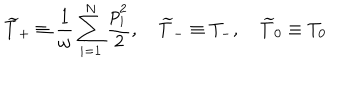
LaTeX: \widetilde { T } _ { + } \equiv \frac { 1 } { \omega } \sum _ { i = 1 } ^ { N } \frac { p _ { i } ^ { 2 } } { 2 } , \quad \widetilde { T } _ { - } \equiv T _ { - } , \quad \widetilde { T } _ { 0 } \equiv T _ { 0 }